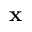
\mathbf { x }